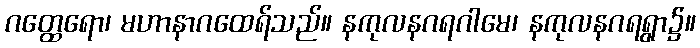
ဂတ္ထေရော၊ မဟာနာဂထေရ်သည်။ နကုလနဂရဂါမေ၊ နကုလနဂရရွာ၌။